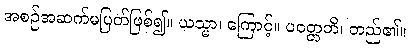
အစဉ်အဆက်မပြတ်ဖြစ်၍။ ယသ္မာ၊ ကြောင့်။ ပဝတ္တတိ၊ တည်၏။